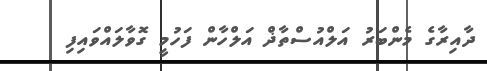
ދާއިރާގެ މެންބަރު އަލްއުސްތާޛް އަލްހާން ފަހުމީ ގޮވާލައްވައިފި